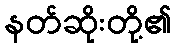
နတ်ဆိုးတို့၏